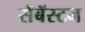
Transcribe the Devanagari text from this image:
सॅबॅस्टन